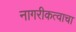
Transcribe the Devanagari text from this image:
नागरीकत्वाचा